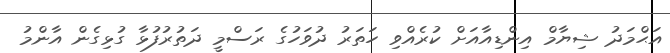
އަޙްމަދު ޝިޔާމް އިންޑިއާއަށް ކުރެއްވި ހަތަރު ދުވަހުގެ ރަސްމީ ދަތުރުފުޅާ ގުޅިގެން އާންމު